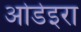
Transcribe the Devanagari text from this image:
ओडेइरा